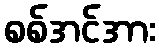
စစ်အင်အား